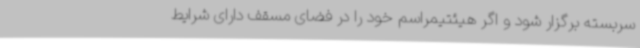
سربسته برگزار شود و اگر هیئتیمراسم خود را در فضای مسقف دارای شرایط